Report of the Indian Hemp Drugs Commission, 1894-1895 - Volume VI
Year: 1894
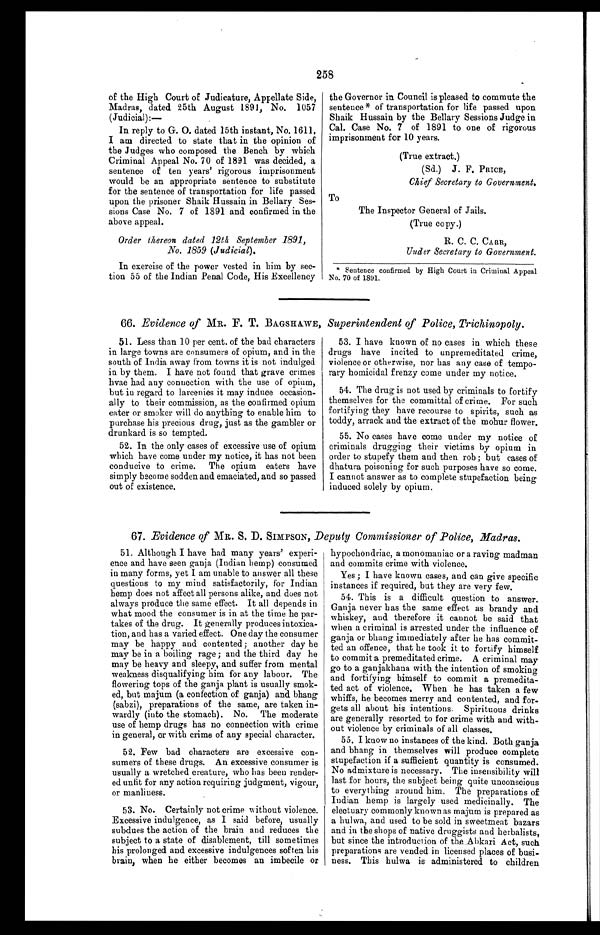
258
of the High Court of Judicature, Appellate Side,
Madras, dated 25th August 1891, No. 1057
(Judicial):—
In reply to G. O. dated 15th instant, No. 1611,
I am directed to state that in the opinion of
the Judges who composed the Bench by which
Criminal Appeal No. 70 of 1891 was decided, a
sentence of ten years' rigorous imprisonment
would be an appropriate sentence to substitute
for the sentence of transportation for life passed
upon the prisoner Shaik Hussain in Bellary Ses-
sions Case No. 7 of 1891 and confirmed in the
above appeal.
Order thereon dated 12th September 1891,
No. 1859 (Judicial).
In exercise of the power vested in him by sec--
tion 55 of the Indian Penal Code, His Excellency
the Governor in Council is pleased to commute the
sentence* of transportation for life passed upon
Shaik Hussain by the Bellary Sessions Judge in
Cal. Case No. 7 of 1891 to one of rigorous
imprisonment for 10 years.
(True extract.)
(Sd.) J. F. PRICE,
Chief Secretary to Government.
To
The Inspector General of Jails.
(True copy.)
R. C. C. CARR,
Under Secretary to Government.
* Sentence confirmed by High Court in Criminal Appeal
No. 70 of 1891.
66. Evidence of MR. F. T. BAGSHAWE, Superintendent of Police, Trichinopoly.
51. Less than 10 per cent. of the bad characters
in large towns are consumers of opium, and in the
south of India away from towns it is not indulged
in by them. I have not found that grave crimes
hvae had any connection with the use of opium,
but in regard to larcenies it may induce occasion-
ally to their commission, as the confirmed opium
eater or smoker will do anything to enable him to
purchase his precious drug, just as the gambler or
drunkard is so tempted.
52. In the only cases of excessive use of opium
which have come under my notice, it has not been
conducive to crime. The opium eaters have
simply become sodden and emaciated, and so passed
out of existence.
53. I have known of no cases in which these
drugs have incited to unpremeditated crime,
violence or otherwise, nor has any case of tempo--
rary homicidal frenzy come under my notice.
54. The drug is not used by criminals to fortify
themselves for the committal of crime. For such
fortifying they have recourse to spirits, such as
toddy, arrack and the extract of the mohur flower.
55. No cases have come under my notice of
criminals drugging their victims by opium in
order to stupefy them and then rob; but cases of
dhatura poisoning for such purposes have so come.
I cannot answer as to complete stupefaction being
induced solely by opium.
67. Evidence of MR. S. D. SIMPSON, Deputy Commissioner of Police, Madras.
51. Although I have had many years' experi--
ence and have seen ganja (Indian hemp) consumed
in many forms, yet I am unable to answer all these
questions to my mind satisfactorily, for Indian
hemp does not affect all persons alike, and does not
always produce the same effect. It all depends in
what mood the consumer is in at the time he par--
takes of the drug. It generally produces intoxica--
tion, and has a varied effect. One day the consumer
may be happy and contented ; another day he
may be in a boiling rage ; and the third day he
may be heavy and sleepy, and suffer from mental
weakness disqualifying him for any labour. The
flowering tops of the ganja plant is usually smok-
ed, but majum (a confection of ganja) and bhang
(sabzi), preparations of the same, are taken in--
wardly (into the stomach). No. The moderate
use of hemp drugs has no connection with crime
in general, or with crime of any special character.
52. Few bad characters are excessive con-
sumers of these drugs. An excessive consumer is
usually a wretched creature, who has been render--
ed unfit for any action requiring judgment, vigour,
or manliness.
53. No. Certainly not crime without violence.
Excessive indulgence, as I said before, usually
subdues the action of the brain and reduces the
subject to a state of disablement, till sometimes
his prolonged and excessive indulgences soften his
brain, when he either becomes an imbecile or
hypochondriac, a monomaniac or a raving madman
and commits crime with violence.
Yes ; I have known cases, and can give specific
instances if required, but they are very few.
54. This is a diff icult question to answer.
Ganja never has the same effect as brandy and
whiskey, and therefore it cannot be said that
when a criminal is arrested under the influence of
ganja or bhang immediately after he has commit-
ted an offence, that he took it to fortify himself
to commit a premeditated crime. A criminal may
go to a ganjakhana with the intention of smoking
and fortifying himself to commit a premedita-
ted act of violence. When he has taken a few
whiffs, he becomes merry and contented, and for-
gets all about his intentions. Spirituous drinks
are generally resorted to for crime with and with-
out violence by criminals of all classes.
55. I know no instances of the kind. Both ganja
and bhang in themselves will produce complete
stupefaction if a sufficient quantity is consumed.
No admixture is necessary. The insensibility will
last for hours, the subject being quite unconscious
to everything around him. The preparations of
Indian hemp is largely used medicinally. The
electuary commonly known as majum is prepared as
a hulwa, and used to be sold in sweetmeat bazars
and in the shops of native druggists and herbalists,
but since the introduction of the Abkari Act, such
preparations are vended in licensed places of busi--
ness. This hulwa is administered to children